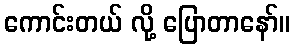
ကောင်းတယ် လို့ ပြောတာနော်။